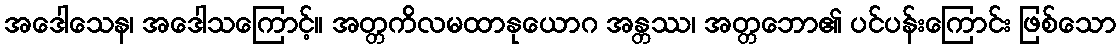
အဒေါသေန၊ အဒေါသကြောင့်။ အတ္တကိလမထာနုယောဂ အန္တဿ၊ အတ္တဘော၏ ပင်ပန်းကြောင်း ဖြစ်သော